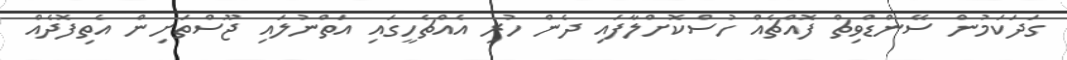
ގަދަކަމުން ސޭންޑްވިޗް ފޮއްޗެއް ހުސްކޮށްލާފައި ދެން ހުރި އެއްޗެހީގައި އަތްނުލައި ޖޫސްތަށިން އެތިފޮދެއް